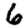
Digit: 6